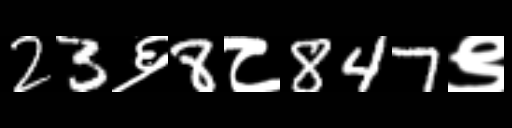
Text: 23६8८847९